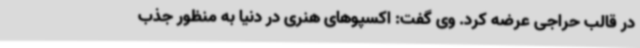
در قالب حراجی عرضه کرد. وی گفت: اکسپوهای هنری در دنیا به منظور جذب